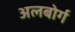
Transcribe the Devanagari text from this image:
अलबोर्ग